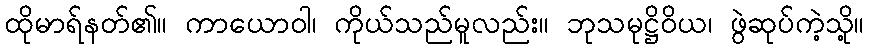
ထိုမာရ်နတ်၏။ ကာယောဝါ၊ ကိုယ်သည်မူလည်း။ ဘုသမုဋ္ဌိဝိယ၊ ဖွဲဆုပ်ကဲ့သို့။